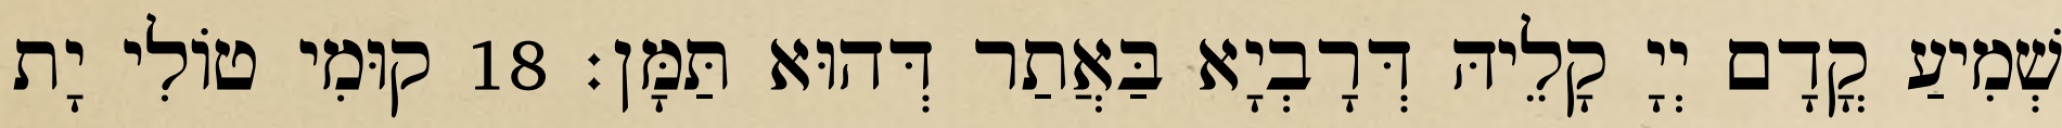
שְׁמִיעַ קֳדָם יְיָ קָלֵיהּ דְּרָבְיָא בַּאֲתַר דְּהוּא תַּמָּן׃ 18 קוּמִי טוֹלִי יָת